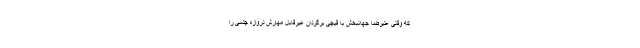
که وقتی علیرضا جهانبخش با قیچی برگردان غیرقابل مهارش دروازه چلسی را